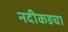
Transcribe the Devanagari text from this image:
नदीकडचा